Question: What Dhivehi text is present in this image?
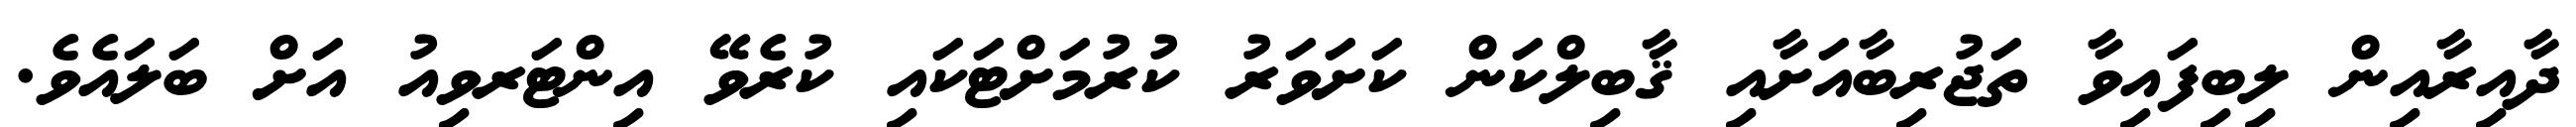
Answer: ދާއިރާއިން ލިބިފައިވާ ތަޖުރިބާއަށާއި ޤާބިލްކަން ކަށަވަރު ކުރުމަށްޓަކައި ކުރެވޭ އިންޓަރވިއު އަށް ބަލައެވެ.